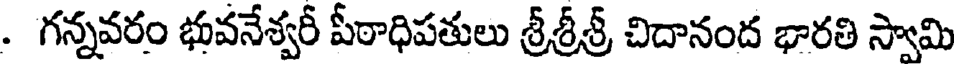
. గన్నవరం భువనేశ్వరీ పీఠాధిపతులు శ్రీశ్రీశ్రీ చిదానంద భారతి స్వామి